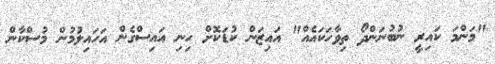
"މަންމަ ކައިރީ ނުބުނަންދޯ ތިވާހަކައެއް" އައިޒަން ކުޑަކޮށް ހިނި އައިސްގެން އަހައިލުމުން މުސްކާން